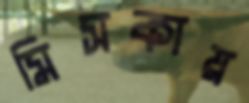
মিসকায়